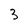
Character: 3